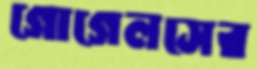
গোগেলসের